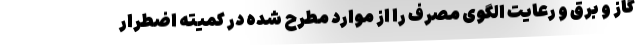
گاز و برق و رعایت الگوی مصرف را از موارد مطرح شده در کمیته اضطرار